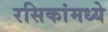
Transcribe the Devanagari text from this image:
रसिकांमध्ये